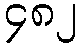
၄၈၂